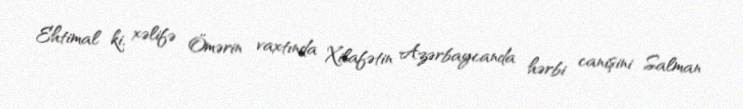
Ehtimal ki, xəlifə Ömərin vaxtında Xilafətin Azərbaycanda hərbi canişini Salman